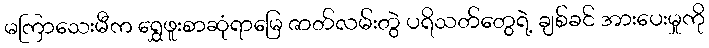
မကြာသေးမီက ရွှေဖူးစာဆုံရာမြေ ဇာတ်လမ်းတွဲ ပရိသတ်တွေရဲ့ ချစ်ခင် အားပေးမှုကို